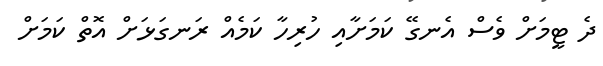
ދެ ޓީމަށް ވެސް އެނގޭ ކަމަށާއި ހުރިހާ ކަމެއް ރަނގަޅަށް އޮތް ކަމަށް